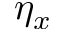
\eta _ { x }